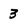
Character: 3